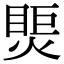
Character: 㷡